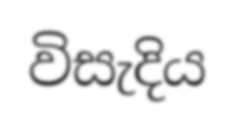
විසැදිය